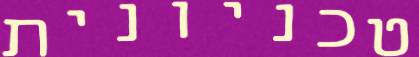
טכניונית